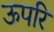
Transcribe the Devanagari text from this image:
ऊपरि